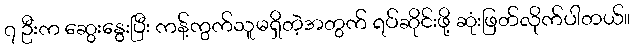
၇ ဦးက ဆွေးနွေးပြီး ကန့်ကွက်သူမရှိတဲ့အတွက် ရပ်ဆိုင်းဖို့ ဆုံးဖြတ်လိုက်ပါတယ်။